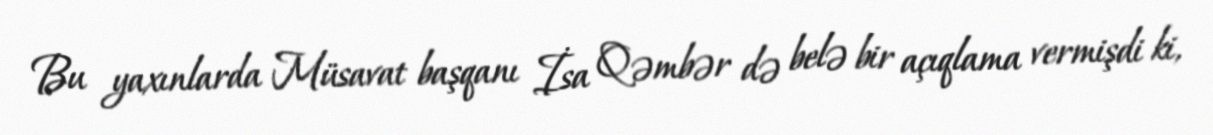
Bu yaxınlarda Müsavat başqanı İsa Qəmbər də belə bir açıqlama vermişdi ki,